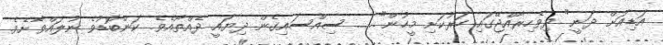
އަޑިއަށް ދަނީ" ދިވެހިރާއްޖޭގައި ހަރުކަށި މީހުން"....... ސިއްސައިގެން ދިޔައީ ދެއްތޯއެވެ. ކަންބޮޑުވެ ނުލައްވާށެވެ.